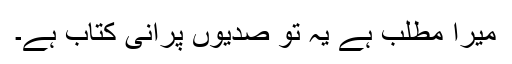
میرا مطلب ہے یہ تو صدیوں پرانی کتاب ہے۔